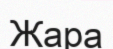
Жара